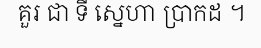
គួរ ជា ទី ស្នេហា ប្រាកដ ។